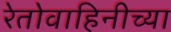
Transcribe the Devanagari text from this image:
रेतोवाहिनीच्या